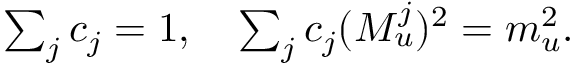
\begin{array} { r } { \sum _ { j } c _ { j } = 1 , \quad \sum _ { j } c _ { j } ( M _ { u } ^ { j } ) ^ { 2 } = m _ { u } ^ { 2 } . } \end{array}